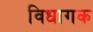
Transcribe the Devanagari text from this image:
विधागक